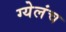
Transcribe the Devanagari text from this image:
ग्येलंच